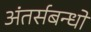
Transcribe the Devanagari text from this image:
अंतर्सबन्धों